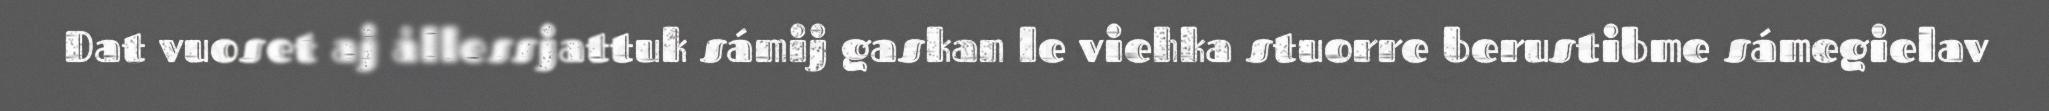
Dat vuoset aj ållessjattuk sámij gaskan le viehka stuorre berustibme sámegielav